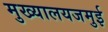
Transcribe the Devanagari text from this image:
मुख्यालयजमुई